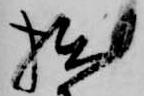
拙